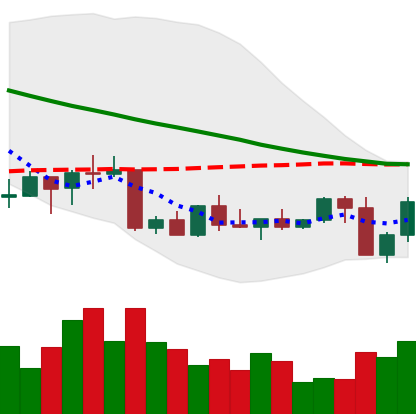
Ticker: NEO-USD
Chart end date: 2022-09-08
Forward return: -4.782%
Label: down_3_5